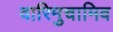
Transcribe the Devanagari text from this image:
वारिमुचामिव